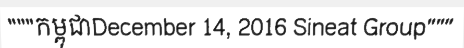
"""កម្ពុជាDecember 14, 2016 Sineat Group"""